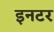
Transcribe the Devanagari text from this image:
इनटर